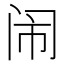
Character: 闹